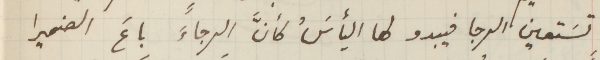
تسَتعين الرجا فيبدو لها اليأسَُ كأنَّ الرجاءَ باعَ الضميرا